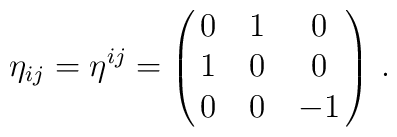
\eta_{ij} = \eta^{ij} = \pmatrix{0&1&0\cr                     1&0&0\cr                     0&0&-1}\, .